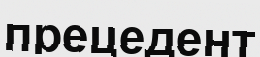
прецедент